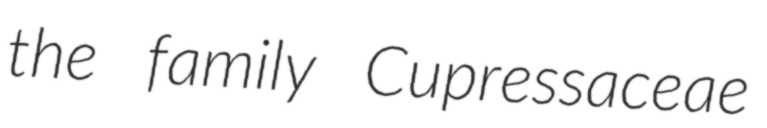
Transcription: the family Cupressaceae